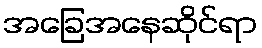
အခြေအနေဆိုင်ရာ